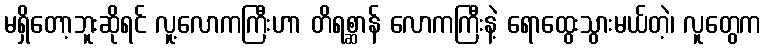
မရှိတော့ဘူးဆိုရင် လူ့လောကကြီးဟာ တိရစ္ဆာန် လောကကြီးနဲ့ ရောထွေးသွားမယ်တဲ့၊ လူတွေက